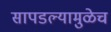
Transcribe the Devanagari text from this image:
सापडल्यामुळेच